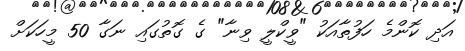
އަދި ކޮންމެ ހަފުތާއަކު "ވީކްލީ ވިނާ" ގެ ގޮތުގައި ނަގާ 50 މީހަކަށް